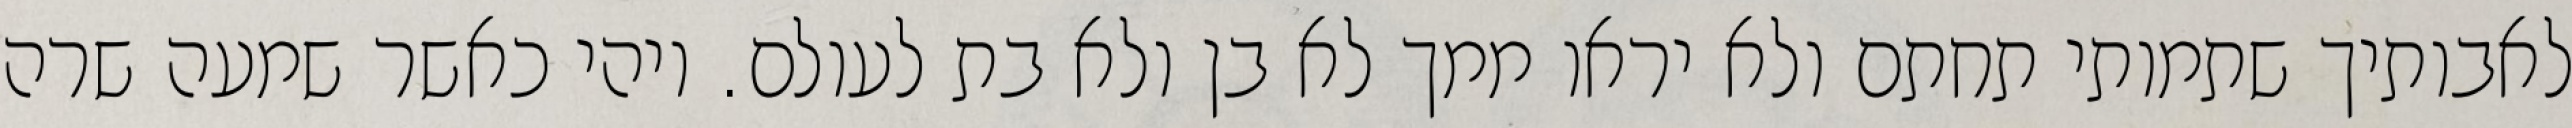
לאבותיך שתמותי תחתם ולא יראו ממך לא בן ולא בת לעולם. ויהי כאשר שמעה שרה